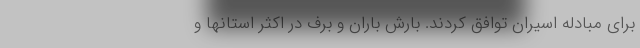
برای مبادله اسیران توافق کردند. بارش باران و برف در اکثر استانها و